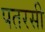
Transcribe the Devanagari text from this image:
पतरसी